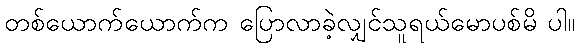
တစ်ယောက်ယောက်က ပြောလာခဲ့လျှင်သူရယ်မောပစ်မိ ပါ။